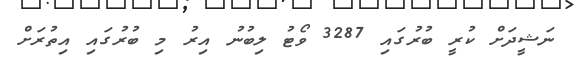
ނަޝީދަށް ކުރީ ބުރުގައި 3287 ވޯޓު ލިބުނު އިރު މި ބުރުގައި އިތުރަށް